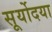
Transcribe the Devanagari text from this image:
सूर्योदया